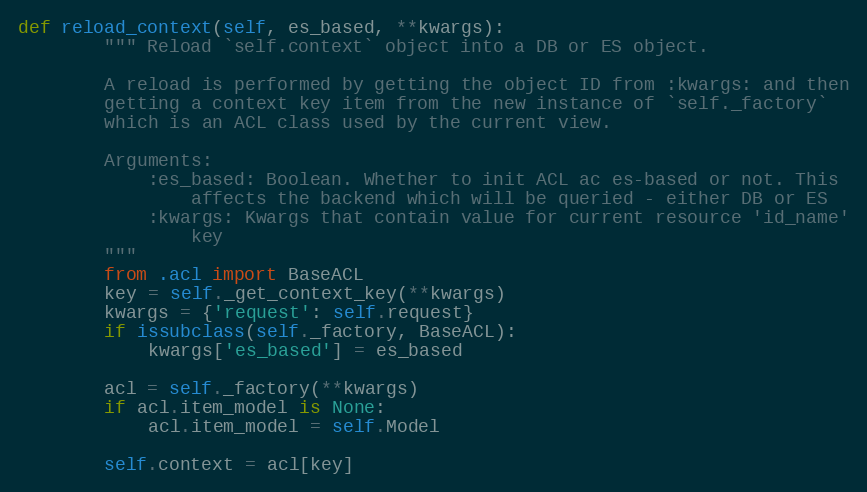
Language: Python
def reload_context(self, es_based, **kwargs):
        """ Reload `self.context` object into a DB or ES object.

        A reload is performed by getting the object ID from :kwargs: and then
        getting a context key item from the new instance of `self._factory`
        which is an ACL class used by the current view.

        Arguments:
            :es_based: Boolean. Whether to init ACL ac es-based or not. This
                affects the backend which will be queried - either DB or ES
            :kwargs: Kwargs that contain value for current resource 'id_name'
                key
        """
        from .acl import BaseACL
        key = self._get_context_key(**kwargs)
        kwargs = {'request': self.request}
        if issubclass(self._factory, BaseACL):
            kwargs['es_based'] = es_based

        acl = self._factory(**kwargs)
        if acl.item_model is None:
            acl.item_model = self.Model

        self.context = acl[key]